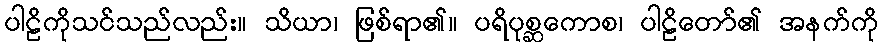
ပါဠိကိုသင်သည်လည်း။ သိယာ၊ ဖြစ်ရာ၏။ ပရိပုစ္ဆကောစ၊ ပါဠိတော်၏ အနက်ကို